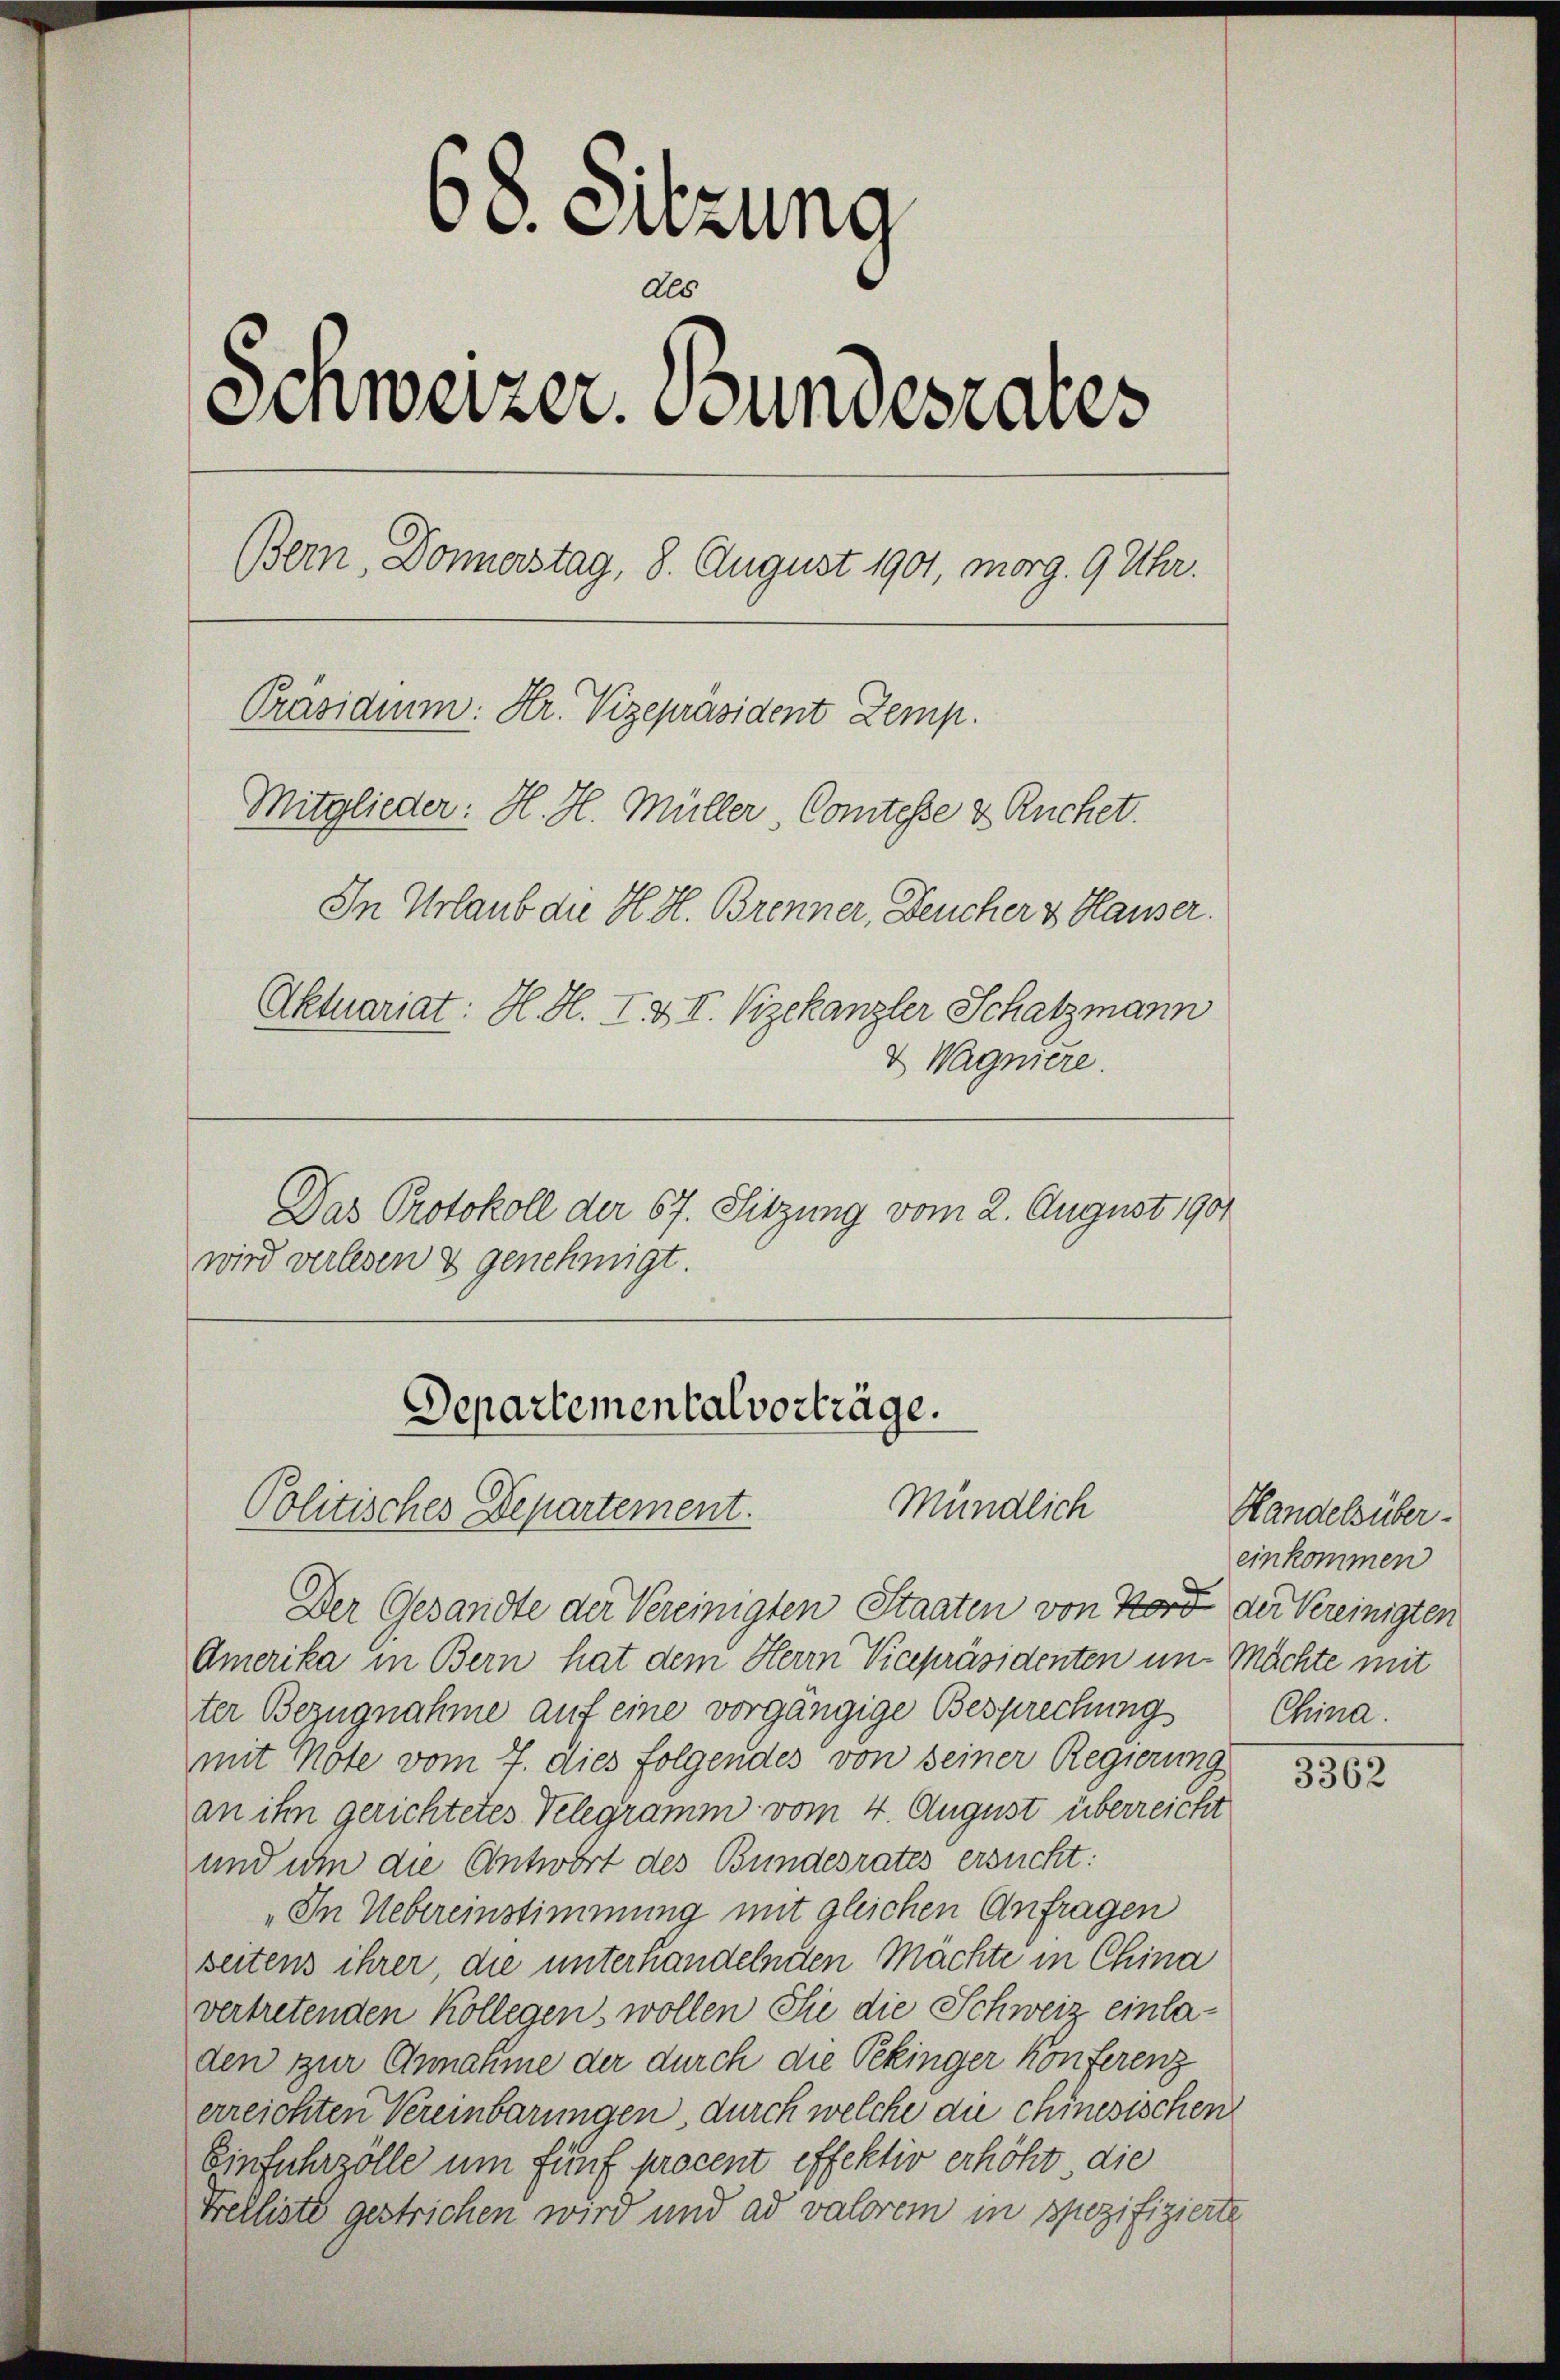
68. Sitzung
Als
Schweizer. Bundesrates
Bern, Donnerstag, 8. August 1901, morg. 9 Uhr.
Präsidium: Kr. Vizepräsident Zemp.
Mitglieder: H. H. Müller, Comtesse & Ruchet.
In Urlaub die H. H. Brenner, Deucher & Hauser.
Aktuariat: H. H. I & II. Vizekanzler Schatzmann
& Wagniere.
Das Protokoll der 67. Sitzung vom 2. August 1901
wird verlesen & genehmigt.

Departementalvorträge.
Mündlich
Politisches Departement.

Der Gesandte der Vereinigten Staaten von Bord der Vereinigten
Amerika in Bern hat dem Herrn Vicepräsidenten im Mächte mit
ter Bezugnahme auf eine vorgängige Besprechung
mit Möte vom 7. dies folgendes von seiner Regierung
an ihn gerichtetes Velegramm vom 4. August überreicht
und um die Antwort des Bundesrates ersucht:
„In Uebereinstimmung mit gleichen Anfragen
seitens ihrer, die unterhandelnden Mächte in China
vertretenden Kollegen, wollen Sie die Schweiz einladen zur Annahme der durch die Pekinger Konferenz
erreichten Vereinbarungen durch welche die chinesischen
Einfuhrzölle um fünf procent effektiv erhöht die
Trelliste gestrichen wird und ad valorem in spezifizierte

Handelsüber-
einkommen
China.

3362